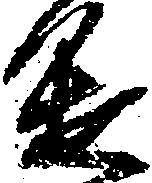
進